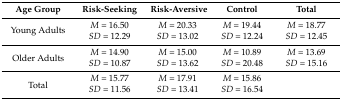
| Age Group | Risk-Seeking | Risk-Aversive | Control | Total |
 | --- | --- | --- | --- | --- |
 | <ROWSPAN=2> Young Adults | M = 16.50 | M = 20.33 | M = 19.44 | M = 18.77 |
 | SD = 12.29 | SD = 13.02 | SD = 12.24 | SD = 12.45 |
 | <ROWSPAN=2> Older Adults | M = 14.90 | M = 15.00 | M = 10.89 | M = 13.69 |
 | SD = 10.87 | SD = 13.62 | SD = 20.48 | SD = 15.16 |
 | <ROWSPAN=2> Total | M = 15.77 | M = 17.91 | M = 15.86 |  |
 | SD = 11.56 | SD = 13.41 | SD = 16.54 |  |